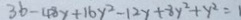
3 b - 4 8 y + 1 6 y ^ { 2 } - 1 2 y + 8 y ^ { 2 } + y ^ { 2 } = 1